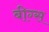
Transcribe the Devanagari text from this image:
बीग्स